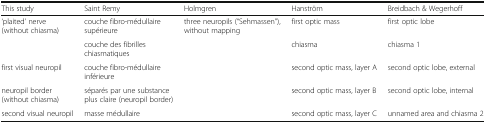
<table><thead><tr><td><b>This study</b></td><td><b>Saint Remy</b></td><td><b>Holmgren</b></td><td><b>Hanström</b></td><td><b>Breidbach &amp; Wegerhoff</b></td></tr></thead><tbody><tr><td rowspan="2">‘plaited’ nerve (without chiasma)</td><td>couche fibro-médullaire supérieure</td><td rowspan="5">three neuropils (“Sehmassen”), without mapping</td><td>first optic mass</td><td>first optic lobe</td></tr><tr><td>couche des fibrilles chiasmatiques</td><td>chiasma</td><td>chiasma 1</td></tr><tr><td>first visual neuropil</td><td>couche fibro-médullaire inférieure</td><td>second optic mass, layer A</td><td>second optic lobe, external</td></tr><tr><td>neuropil border (without chiasma)</td><td>séparés par une substance plus claire (neuropil border)</td><td>second optic mass, layer B</td><td>second optic lobe, internal</td></tr><tr><td>second visual neuropil</td><td>masse médullaire</td><td>second optic mass, layer C</td><td>unnamed area and chiasma 2</td></tr></tbody></table>